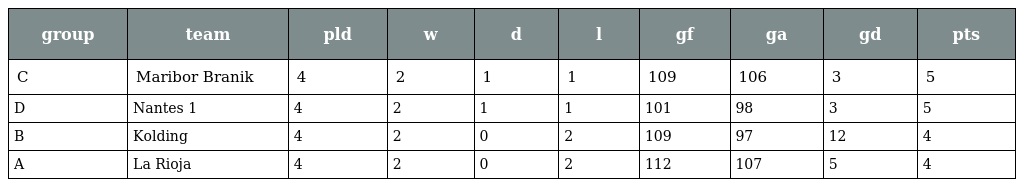
| group | team | pld | w | d | l | gf | ga | gd | pts |
 | --- | --- | --- | --- | --- | --- | --- | --- | --- | --- |
 | C | Maribor Branik | 4 | 2 | 1 | 1 | 109 | 106 | 3 | 5 |
 | D | Nantes 1 | 4 | 2 | 1 | 1 | 101 | 98 | 3 | 5 |
 | B | Kolding | 4 | 2 | 0 | 2 | 109 | 97 | 12 | 4 |
 | A | La Rioja | 4 | 2 | 0 | 2 | 112 | 107 | 5 | 4 |